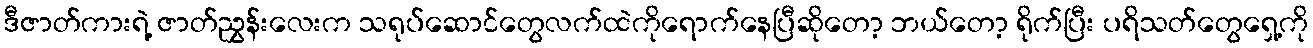
ဒီဇာတ်ကားရဲ့ ဇာတ်ညွှန်းလေးက သရုပ်ဆောင်တွေလက်ထဲကိုရောက်နေပြီဆိုတော့ ဘယ်တော့ ရိုက်ပြီး ပရိသတ်တွေရှေ့ကို